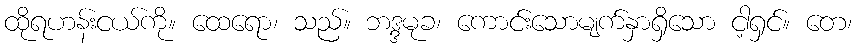
ထိုရဟန်းငယ်ကို။ ထေရော၊ သည်။ ဘဒ္ဒမုခ၊ ကောင်းသောမျက်နှာရှိသော ငါ့ရှင်။ တေ၊